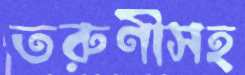
তরুণীসহ